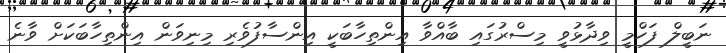
ނަބީލް ފަހްމީ ވިދާޅުވީ މިސްރުގައި ބާއްވާ އިންތިހާބަކީ އިންސާފުވެރި މިނިވަން އިންތިހާބަކަށް ވާނެ